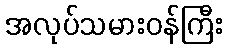
အလုပ်သမားဝန်ကြီး